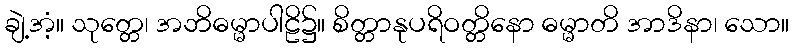
ချဲ့အံ့။ သုတ္တေ၊ အဘိဓမ္မာပါဠိ၌။ စိတ္တာနုပရိဝတ္တိနော ဓမ္မာတိ အာဒိနာ၊ သော။